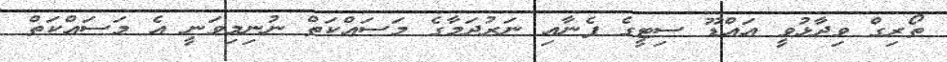
ތޯރިގް ވިދާޅުވީ އައްޑޫ ސިޓީގެ ފެނާއި ނަރުދަމާގެ މަސައްކަތް ނުނިމިވަނީ އެ މަސައްކަތް